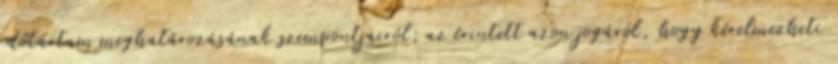
időtartam meghatározásának szempontjairól; az érintett azon jogáról, hogy kérelmezheti